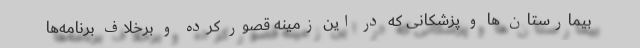
بیمارستان ها و پزشکانی که در این زمینه قصور کرده و برخلاف برنامه‌ها